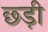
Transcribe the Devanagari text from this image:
छ्ड़ी